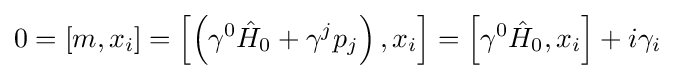
0=[m,x_{i}]=\left[\left(\gamma ^{0}{\hat {H}}_{0}+\gamma ^{j}p_{j}\right),x_{i}\right]=\left[\gamma ^{0}{\hat {H}}_{0},x_{i}\right]+i\gamma _{i}